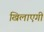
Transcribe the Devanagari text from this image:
खिलाएगी